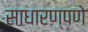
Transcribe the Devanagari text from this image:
साधारण्पणे